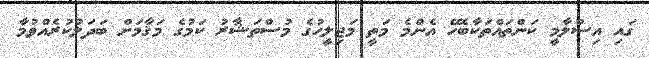
ގައި އިސްލާމީ ކަންތައްތަކާބެހޭ އެންމެ މަތީ މަޖިލީހުގެ މުސްތަޝާރު ކަމުގެ މަޤާމަށް ބަދަލުކުރެއްވުމާ